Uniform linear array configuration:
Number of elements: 32
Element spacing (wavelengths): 0.75
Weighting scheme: exponential
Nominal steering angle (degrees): -15
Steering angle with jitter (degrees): -13.441
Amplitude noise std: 0.05
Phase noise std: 0.05

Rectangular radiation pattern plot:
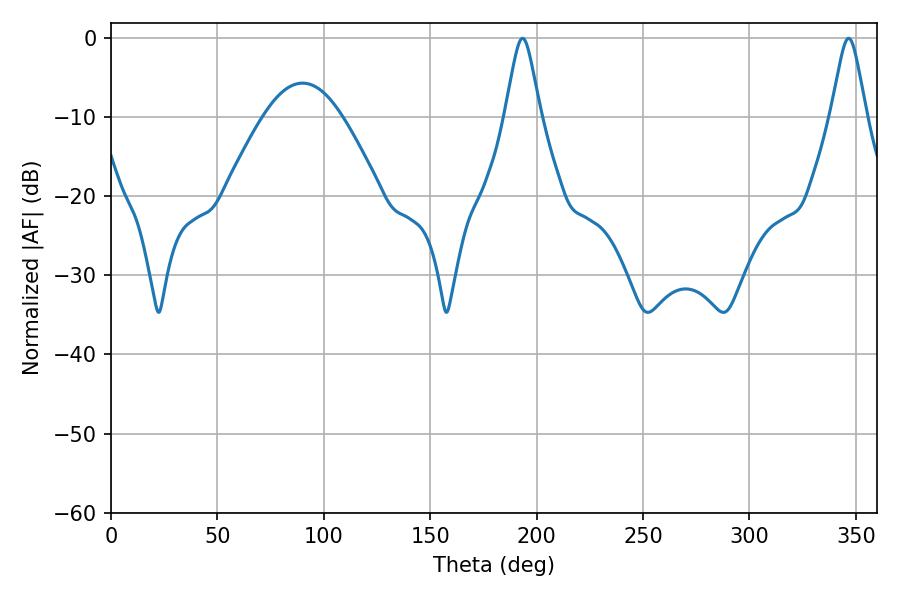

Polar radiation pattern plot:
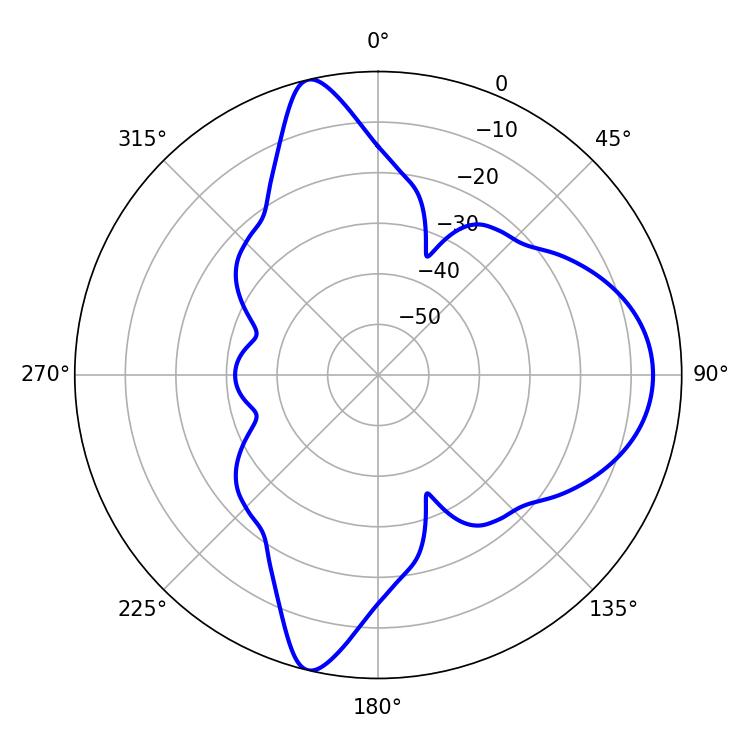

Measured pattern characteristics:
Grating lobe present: TRUE
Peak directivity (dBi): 14.09
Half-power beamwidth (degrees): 7.74
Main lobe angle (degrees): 193.32